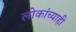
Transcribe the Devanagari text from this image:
लोकांच्याही